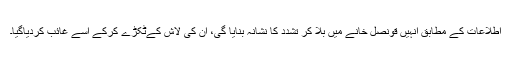
اطلاعات کے مطابق انہیں قونصل خانے میں بلا کر تشدد کا نشانہ بنایا گی، ان کی لاش کےٹکڑے کرکے اسے غائب کردیاگیا۔